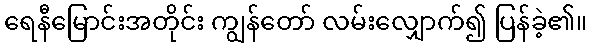
ရေနီမြောင်းအတိုင်း ကျွန်တော် လမ်းလျှောက်၍ ပြန်ခဲ့၏။